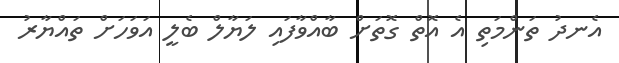
އެނދު ތަންމަތި އެ އޮތް ގޮތަށް ބާއްވާފައި ލަޔާލް ބެލީ އަވަހަށް ތައްޔާރު